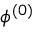
\phi ^ { ( 0 ) }